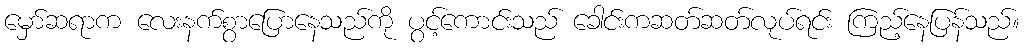
မှော်ဆရာက လေးနက်စွာပြောနေသည်ကို ပွင့်ကောင်းသည် ခေါင်းကဆတ်ဆတ်လုပ်ရင်း ကြည့်နေပြန်သည်။